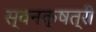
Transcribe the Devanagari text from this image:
स्वनक्षत्री